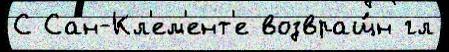
С Сан-Кл'ем'ент'е возвращ́н гл